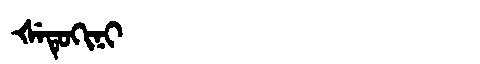
Manchu: ᡧᡝᡨᡠᡴᡳᠨᡳ
Romanization: ŠETUKINI